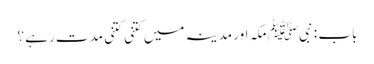
باب : نبیﷺ مکہ اور مدینہ میں کتنی کتنی مدت رہے ؟